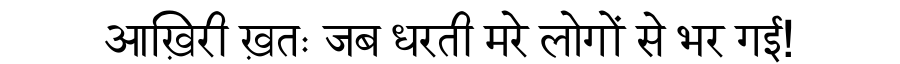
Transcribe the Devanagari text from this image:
आख़िरी ख़तः जब धरती मरे लोगों से भर गई!